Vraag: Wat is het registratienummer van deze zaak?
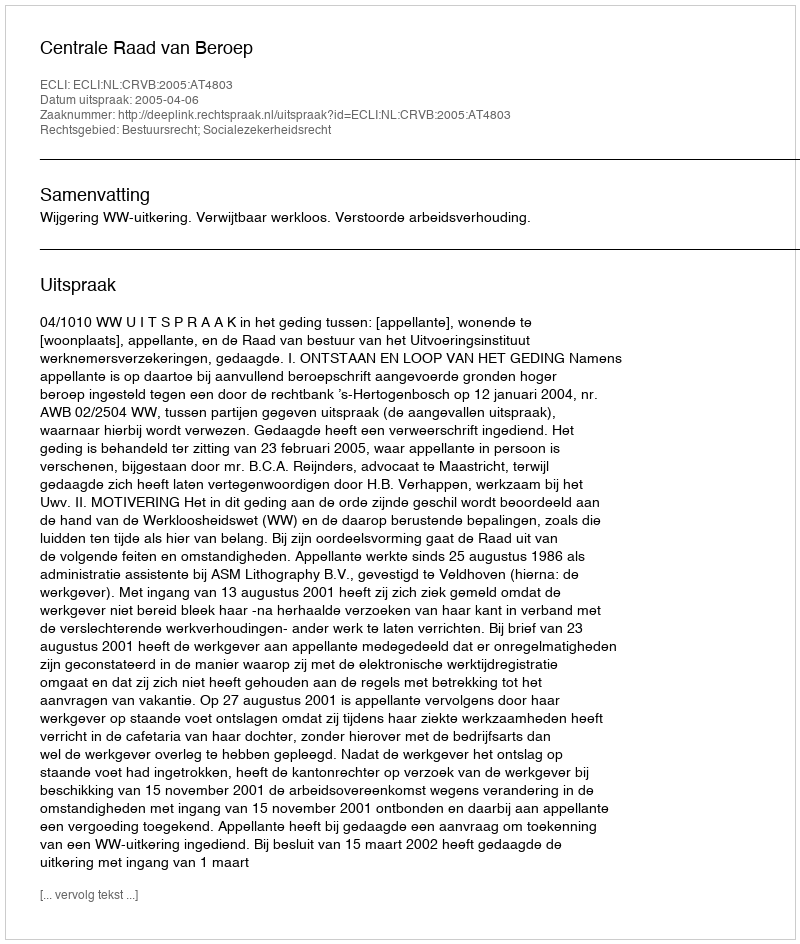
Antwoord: http://deeplink.rechtspraak.nl/uitspraak?id=ECLI:NL:CRVB:2005:AT4803